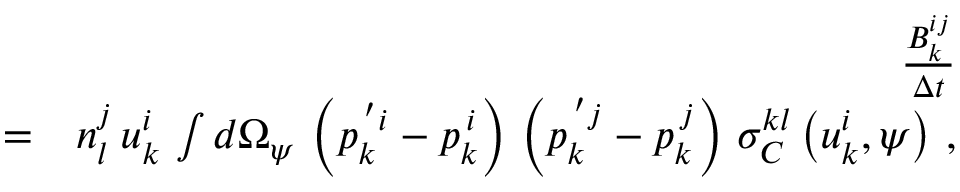
\begin{array} { r l r } & { } & { \frac { B _ { k } ^ { i j } } { \Delta t } } \\ & { = } & { n _ { l } ^ { j } \, u _ { k } ^ { i } \, \int d \Omega _ { \psi } \, \left( p _ { k } ^ { \, ^ { \prime } i } - p _ { k } ^ { \, i } \right) \, \left( p _ { k } ^ { \, ^ { \prime } j } - p _ { k } ^ { \, j } \right) \, \sigma _ { C } ^ { k l } \left( u _ { k } ^ { i } , \psi \right) \, , } \end{array}